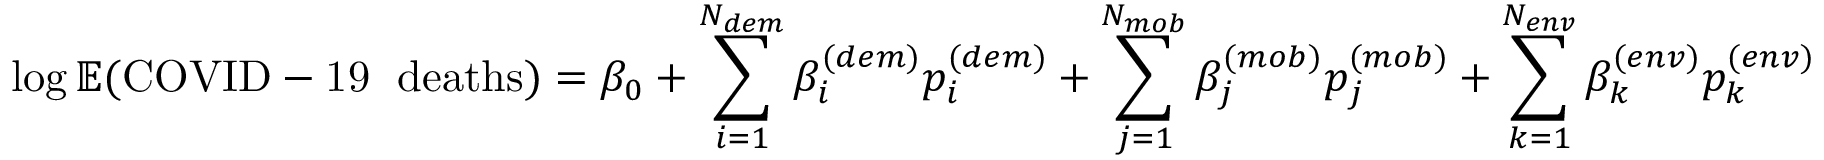
\log { \mathbb { E } ( \mathrm { C O V I D - 1 9 ~ \; d e a t h s } ) } = \beta _ { 0 } + \sum _ { i = 1 } ^ { N _ { d e m } } \beta _ { i } ^ { ( d e m ) } p _ { i } ^ { ( d e m ) } + \sum _ { j = 1 } ^ { N _ { m o b } } \beta _ { j } ^ { ( m o b ) } p _ { j } ^ { ( m o b ) } + \sum _ { k = 1 } ^ { N _ { e n v } } \beta _ { k } ^ { ( e n v ) } p _ { k } ^ { ( e n v ) }